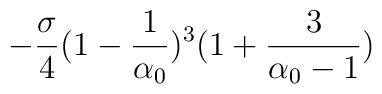
-\frac{\sigma}{4}(1-\frac{1}{\alpha_0})^3(1+\frac{3}{\alpha_0-1})